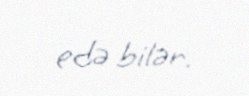
edə bilər.